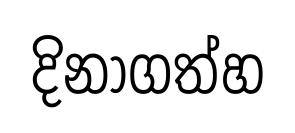
දිනාගත්හ